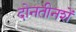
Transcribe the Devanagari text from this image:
दोनतीनशें